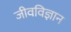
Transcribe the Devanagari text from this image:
जीवविज्ञान